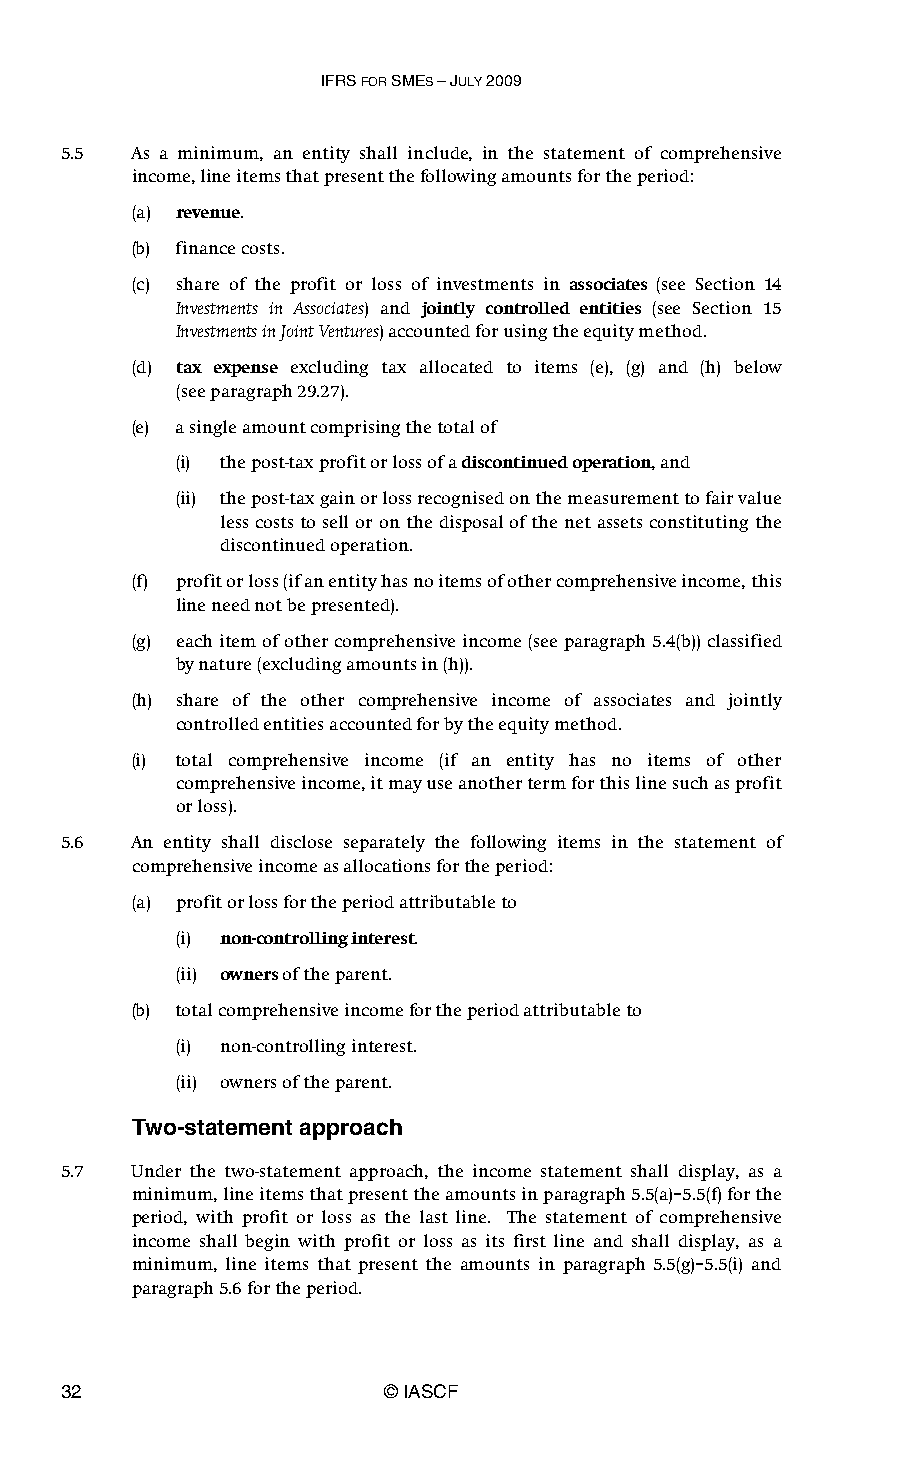
IFRS FOR SMES – JULY 2009
 5.5  As a minimum, an entity shall include, in the statement of comprehensive
 income, line items that present the following amounts for the period:
 (a) revenue.
 (b) finance costs.
 (c) share of the profit or loss of investments in associates (see Section 14
 Investments in Associates) and jointly controlled entities (see Section 15
 Investments in Joint Ventures) accounted for using the equity method.
 (d) tax expense excluding tax allocated to items (e), (g) and (h) below
 (seeparagraph 29.27).
 (e) a single amount comprising the total of
 (i) the post-tax profit or loss of a discontinued operation, and
 (ii) the post-tax gain or loss recognised on the measurement to fair value
 less costs to sell or on the disposal of the net assets constituting the
 discontinued operation.
 (f) profit or loss (if an entity has no items of other comprehensive income, this
 line need not be presented).
 (g) each item of other comprehensive income (see paragraph 5.4(b)) classified
 by nature (excluding amounts in (h)).
 (h) share of the other comprehensive income of associates and jointly
 controlled entities accounted for by the equity method.
 (i) total comprehensive income (if an entity has no items of other
 comprehensive income, it may use another term for this line such as profit
 or loss).
 5.6  An entity shall disclose separately the following items in the statement of
 comprehensive income as allocations for the period:
 (a) profit or loss for the period attributable to
 (i) non-controlling interest.
 (ii) owners of the parent.
 (b) total comprehensive income for the period attributable to
 (i) non-controlling interest.
 (ii) owners of the parent.
 Two-statement approach
 5.7  Under the two-statement approach, the income statement shall display, as a
 minimum, line items that present the amounts in paragraph 5.5(a)–5.5(f) for the
 period, with profit or loss as the last line. The statement of comprehensive
 income shall begin with profit or loss as its first line and shall display, as a
 minimum, line items that present the amounts in paragraph 5.5(g)–5.5(i) and
 paragraph 5.6 for the period.
 32                    © IASCF